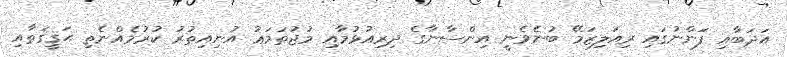
އަދަބާއި ފަންނުގައި ރިއަލިޒަމޭ ބުނެވެނީ އިންސާނާގެ ދިރިއުޅުމާއި މުޖުތަމަޢު އުނިއިތުރު ކުރުމެއްނެތި ޙަޤީޤަތާއި